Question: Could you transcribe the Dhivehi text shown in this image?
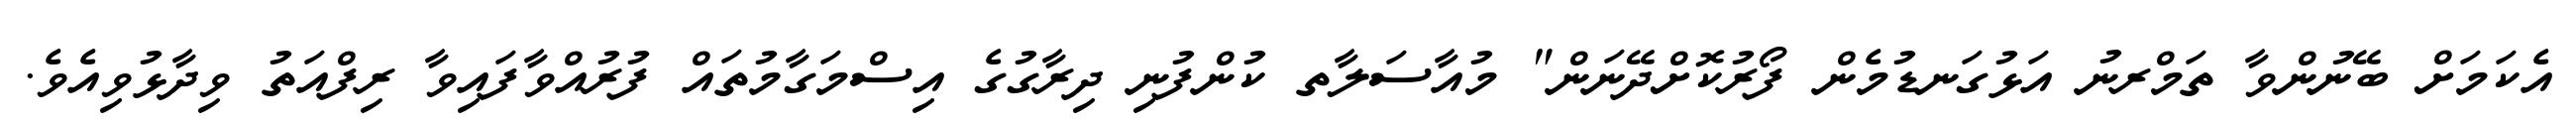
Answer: އެކަމަށް ބޭނުންވާ ތަމްރނު އަޅުގަނޑުމެން ފޯރުކޮށްދޭނަން" މުއާސަލާތ ކުންފުނި ދިރާގުގެ އިސްމަގާމުތައް ފުރުއްވާފައިވާ ރިފްއަތު ވިދާޅުވިއެވެ.